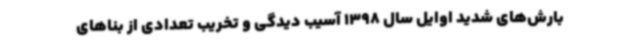
بارش‌های شدید اوایل سال 1398 آسیب دیدگی و تخریب تعدادی از بناهای